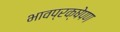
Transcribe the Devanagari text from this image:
भावप्रक्षेपण